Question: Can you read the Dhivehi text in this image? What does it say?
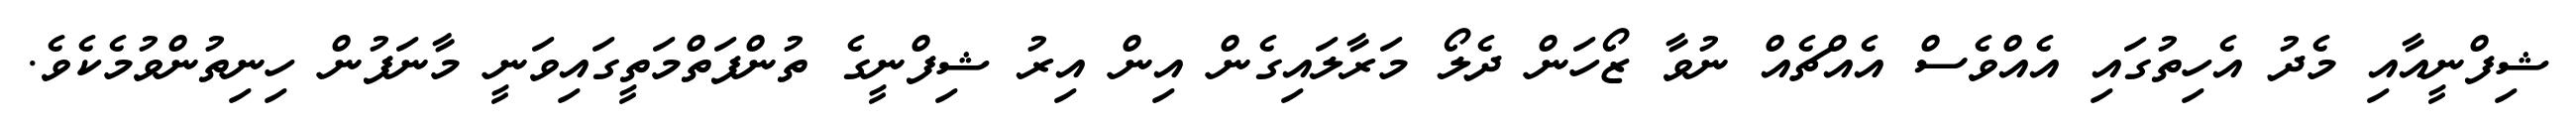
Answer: ޝިފްނީއާއި މެދު އެހިތުގައި އެއްވެސް އެއްޗެއް ނުވާ ޒޯހަން ދެލޯ މަރާލައިގެން އިން އިރު ޝިފްނީގެ ތުންފަތްމަތީގައިވަނީ މާނަފުން ހިނިތުންވުމެކެވެ.